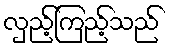
လှည့်ကြည့်သည်